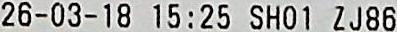
26-03-18 15:25 SHO1 ZJ86